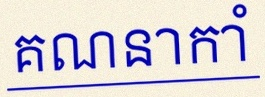
គណនាកាំ